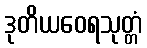
ဒုတိယဝေရသုတ္တံ